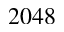
2 0 4 8